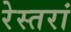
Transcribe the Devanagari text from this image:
रेस्‍तरां